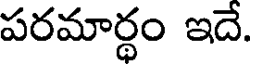
పరమార్థం ఇదే.